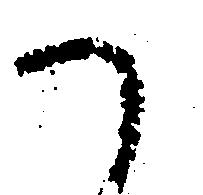
へ